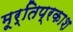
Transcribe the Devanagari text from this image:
मूर्तिप्रकाश